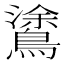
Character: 𪄫